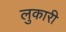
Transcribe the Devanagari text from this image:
लुकारी